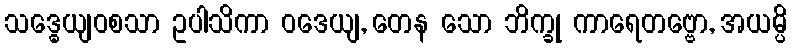
သဒ္ဓေယျဝစသာ ဥပါသိကာ ဝဒေယျ, တေန သော ဘိက္ခု ကာရေတဗ္ဗော, အယမ္ပိ